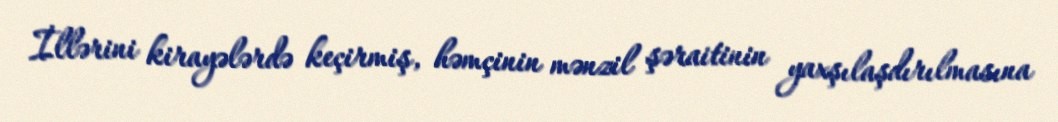
İllərini kirayələrdə keçirmiş, həmçinin mənzil şəraitinin yaxşılaşdırılmasına